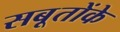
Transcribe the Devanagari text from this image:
सबूतोंके